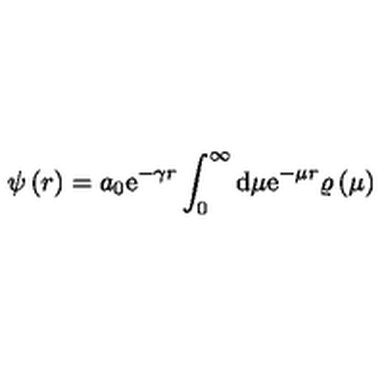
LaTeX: \psi \left( r \right) = a _ { 0 } \mathrm { e } ^ { - \gamma r } \int _ { 0 } ^ { \infty } \mathrm { d } \mu \mathrm { e } ^ { - \mu r } \varrho \left( \mu \right)